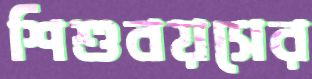
শিশুবয়সের